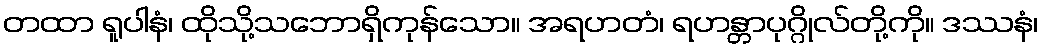
တထာ ရူပါနံ၊ ထိုသို့သဘောရှိကုန်သော။ အရဟတံ၊ ရဟန္တာပုဂ္ဂိုလ်တို့ကို။ ဒဿနံ၊